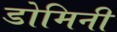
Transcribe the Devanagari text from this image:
डोमिनी